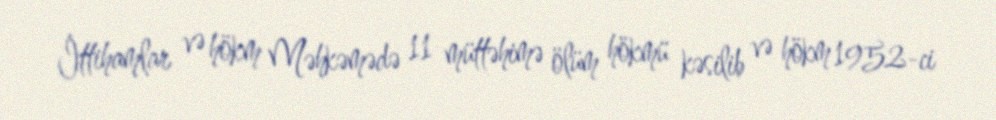
İttihamlar və hökm Məhkəmədə 11 müttəhimə ölüm hökmü kəsilib və hökm 1952-ci